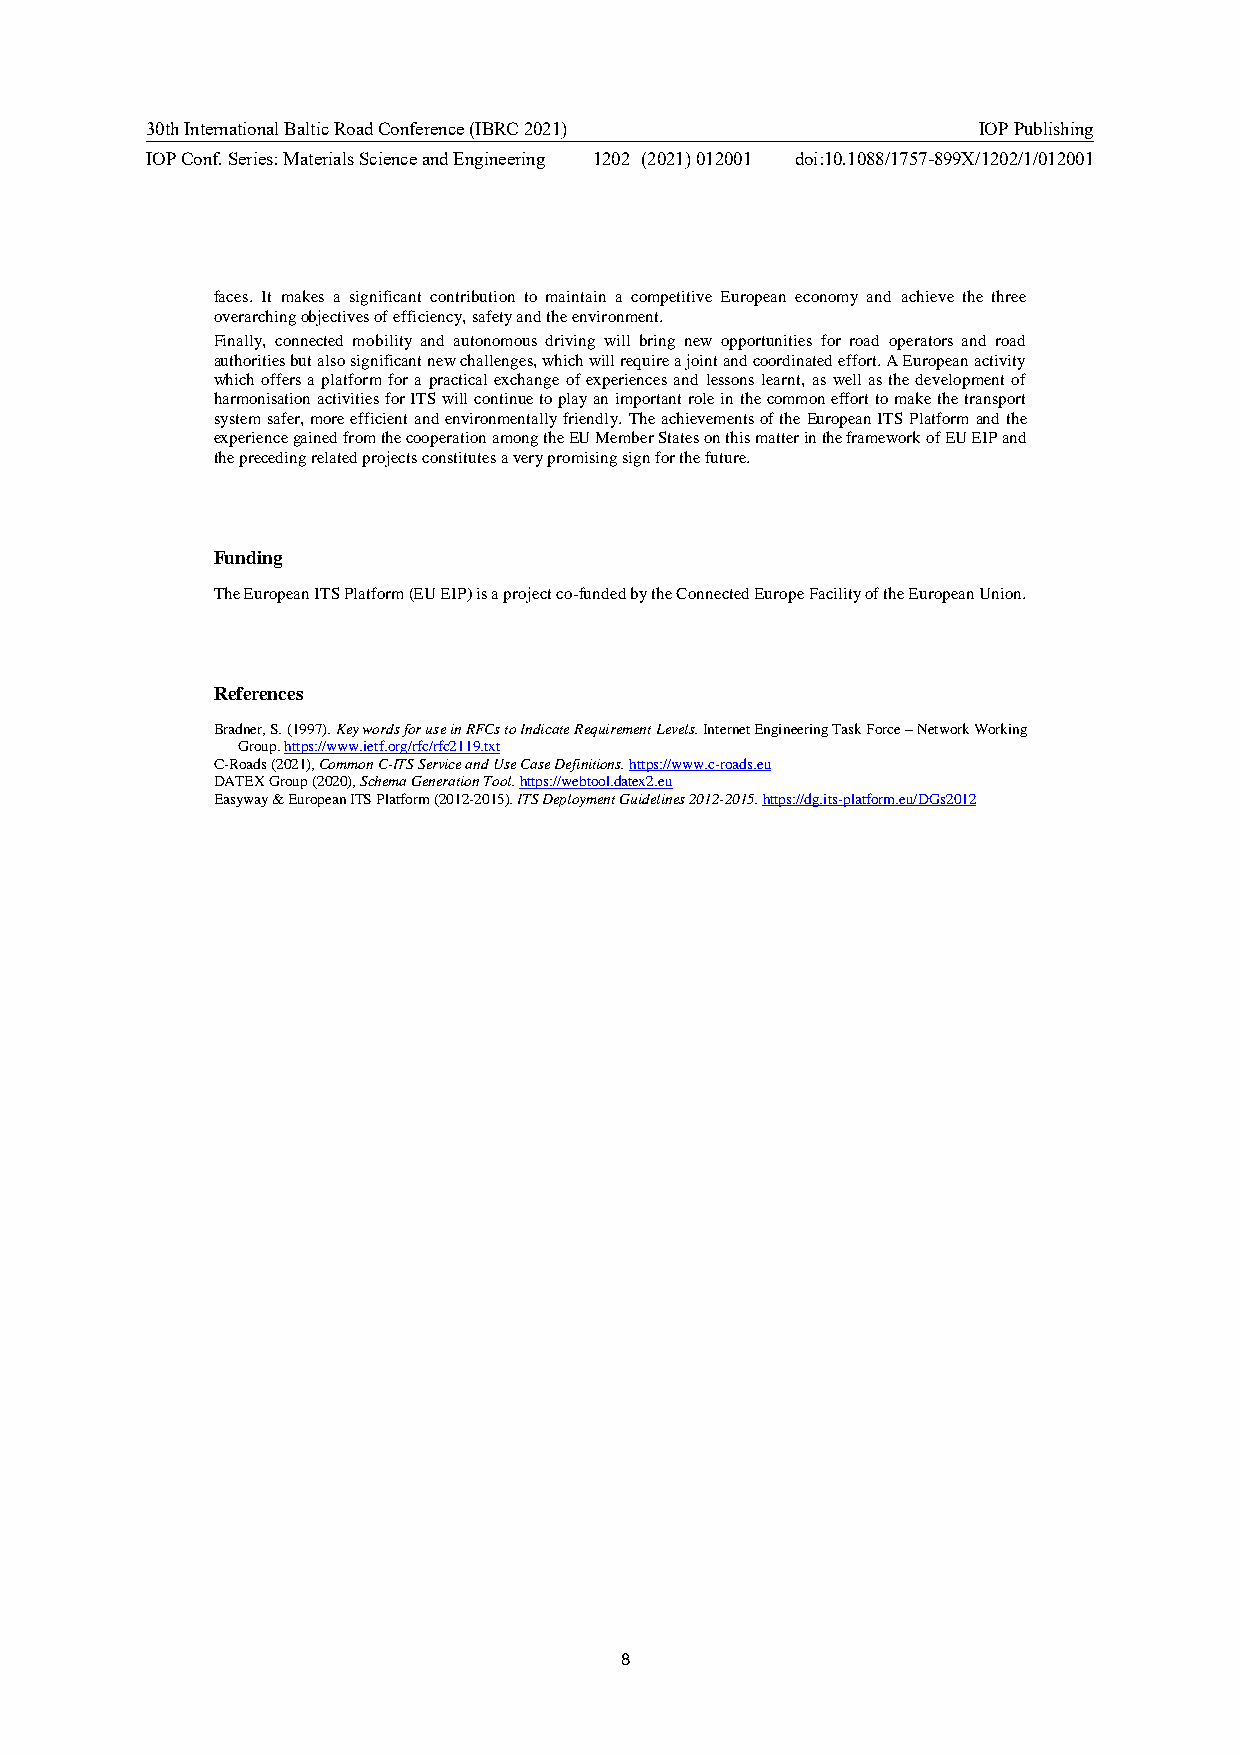
30th International Baltic Road Conference (IBRC 2021)  IOP Publishing
 IOP Conf. Series: Materials Science and Engineering 1202 (2021) 012001 doi:10.1088/1757-899X/1202/1/012001
 faces. It makes a significant contribution to maintain a competitive European economy and achieve the three
 overarching objectives of efficiency, safety and the environment.
 Finally, connected mobility and autonomous driving will bring new opportunities for road operators and road
 authorities but also significant new challenges, which will require a joint and coordinated effort. A European activity
 which offers a platform for a practical exchange of experiences and lessons learnt, as well as the development of
 harmonisation activities for ITS will continue to play an important role in the common effort to make the transport
 system safer, more efficient and environmentally friendly. The achievements of the European ITS Platform and the
 experience gained from the cooperation among the EU Member States on this matter in the framework of EU EIP and
 the preceding related projects constitutes a very promising sign for the future.
 Funding
 The European ITS Platform (EU EIP) is a project co-funded by the Connected Europe Facility of the European Union.
 References
 Bradner, S. (1997). Key words for use in RFCs to Indicate Requirement Levels. Internet Engineering Task Force – Network Working
 Group. https://www.ietf.org/rfc/rfc2119.txt
 C-Roads (2021), Common C-ITS Service and Use Case Definitions. https://www.c-roads.eu
 DATEX Group (2020), Schema Generation Tool. https://webtool.datex2.eu
 Easyway & European ITS Platform (2012-2015). ITS Deployment Guidelines 2012-2015. https://dg.its-platform.eu/DGs2012
 8